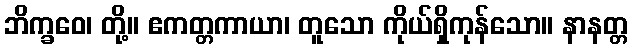
ဘိက္ခဝေ၊ တို့။ ဧကတ္တကာယာ၊ တူသော ကိုယ်ရှိကုန်သော။ နာနတ္တ